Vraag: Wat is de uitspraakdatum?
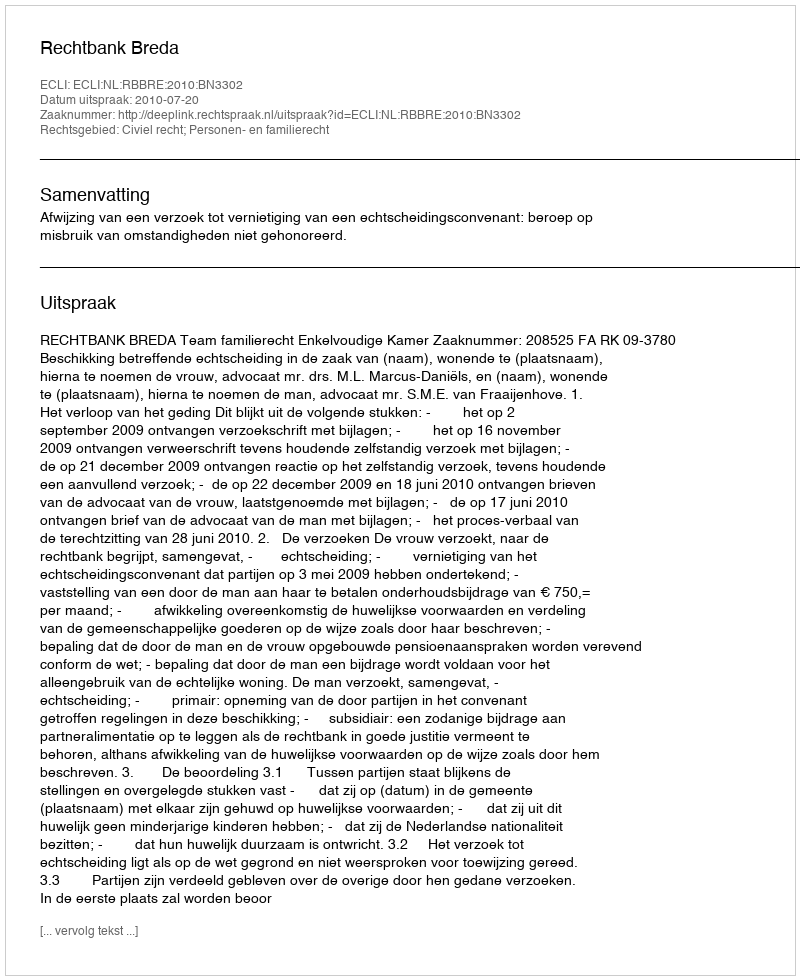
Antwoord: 2010-07-20